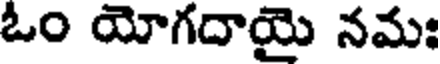
ఓం యోగదాయై నమః